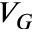
V _ { G }